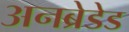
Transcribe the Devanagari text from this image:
अनब्रेडेड